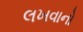
લખવાનો